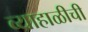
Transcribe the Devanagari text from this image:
व्याहाळीची